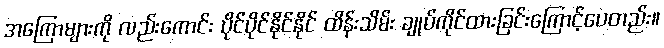
အကြောများကို လည်းကောင်း ပိုင်ပိုင်နိုင်နိုင် ထိန်းသိမ်း ချုပ်ကိုင်ထားခြင်းကြောင့်ပေတည်း။